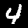
Label: 4